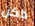
داكن